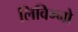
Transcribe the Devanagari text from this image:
लिविग्नो